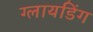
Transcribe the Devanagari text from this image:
ग्लायडिंग